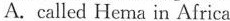
A. called He ma in Africa